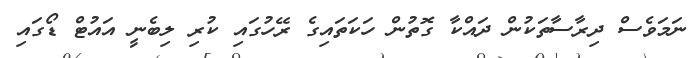
ނަމަވެސް ދިރާސާތަކުން ދައްކާ ގޮތުން ހަކަތައިގެ ރޭހުގައި ކުރި ލިބެނީ އައުޓް ޑޯގައި